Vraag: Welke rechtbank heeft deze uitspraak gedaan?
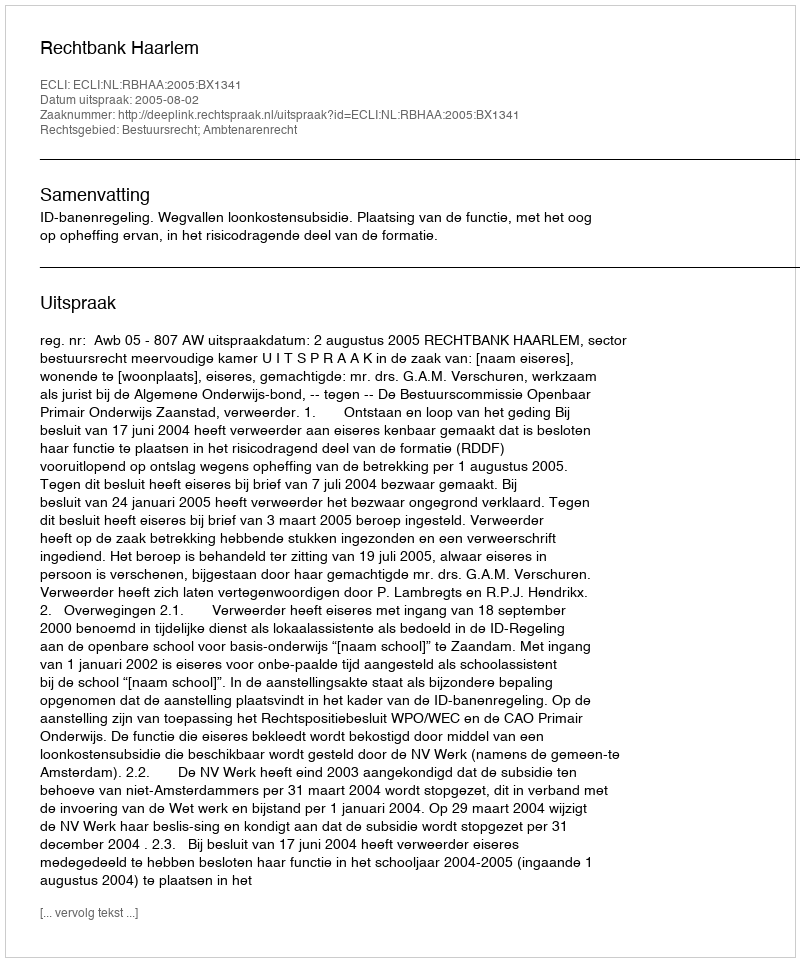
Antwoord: Rechtbank Haarlem